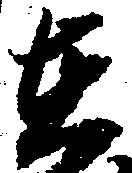
在